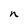
Character: n